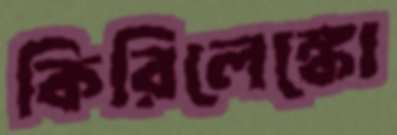
কিরিলেঙ্কো